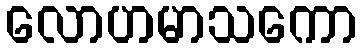
လောဟမာသကော